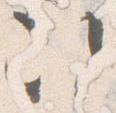
次